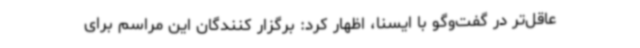
عاقل‌تر در گفت‌وگو با ایسنا، اظهار کرد: برگزار کنندگان این مراسم برای